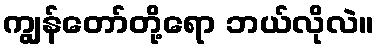
ကျွန်တော်တို့ရော ဘယ်လိုလဲ။